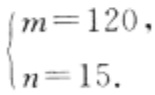
$\begin{cases}

m = 120, \\

n = 15.

\end{cases}$